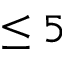
\le 5